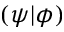
( \psi \vert \phi )